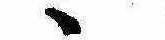
ゝ